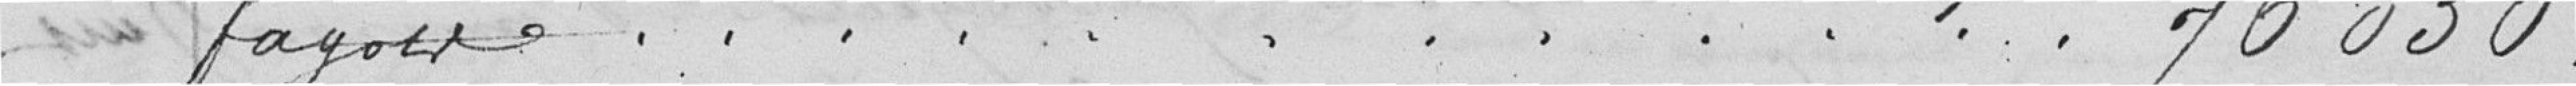
fagots...........................................................76.050